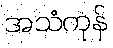
အသံကုန်